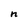
Character: n